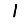
Digit: 1